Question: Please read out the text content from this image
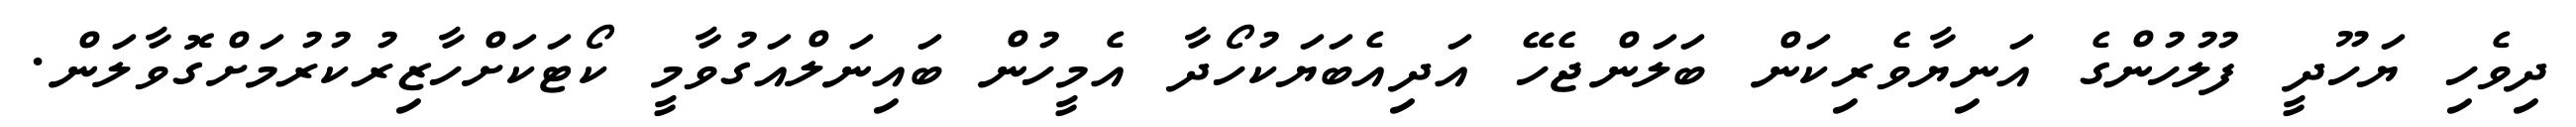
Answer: ދިވެހި ޔަހޫދީ ފުލުހުންގެ އަނިޔާވެރިކަން ބަލަންޖެހޭ އަދިއެބަޔަކުހޯދާ އެމީހުން ބައިނަލްއަގުވާމީ ކޯޓަކަށްހާޒިރުކުރުމަށްގޮވާލަން.